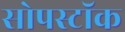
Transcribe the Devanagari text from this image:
सोपस्टॉक